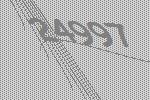
24997